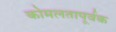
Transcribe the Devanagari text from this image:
कोमलतापूर्वक